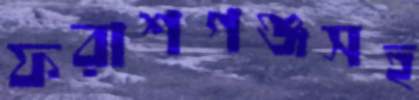
ফরাশগঞ্জসহ